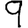
Digit: 9